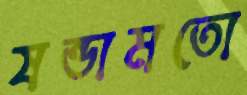
ষন্ডামতো